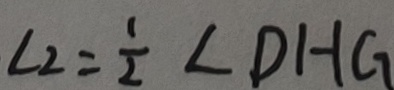
\angle 2 = \frac { 1 } { 2 } \angle D H G